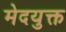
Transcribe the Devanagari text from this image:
मेदयुक्त